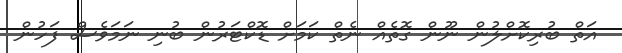
އަތް ބުރިކޮށްލުން ނޫން ގޮތެއް ނެތް ކަމަށް ޑޮކްޓަރުން ބުނި ނަމަވެސް ފަހުން